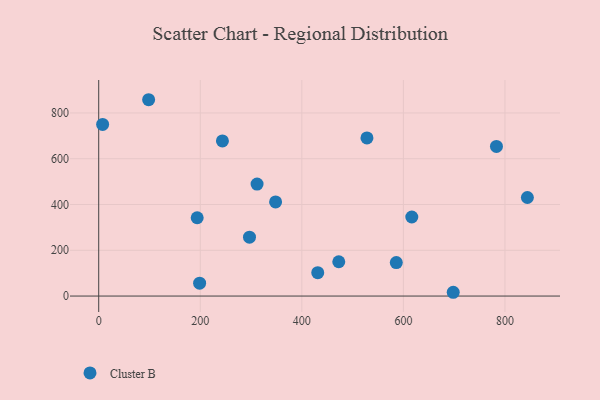
{"axis": {"x": "Distance", "y": "Demand"}, "legend": ["Cluster B"], "data": [{"x": "243.6", "y": 677.8, "type": "Cluster B"}, {"x": "698.1", "y": 16.5, "type": "Cluster B"}, {"x": "348.3", "y": 411.2, "type": "Cluster B"}, {"x": "616.5", "y": 345.5, "type": "Cluster B"}, {"x": "528.2", "y": 690.9, "type": "Cluster B"}, {"x": "296.9", "y": 257.4, "type": "Cluster B"}, {"x": "783.2", "y": 653.7, "type": "Cluster B"}, {"x": "844.1", "y": 430.7, "type": "Cluster B"}, {"x": "7.7", "y": 750.0, "type": "Cluster B"}, {"x": "311.8", "y": 489.2, "type": "Cluster B"}, {"x": "198.7", "y": 56.3, "type": "Cluster B"}, {"x": "98.3", "y": 857.9, "type": "Cluster B"}, {"x": "472.7", "y": 149.8, "type": "Cluster B"}, {"x": "431.3", "y": 102.3, "type": "Cluster B"}, {"x": "586.0", "y": 146.2, "type": "Cluster B"}, {"x": "193.9", "y": 342.1, "type": "Cluster B"}]}